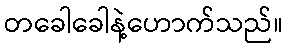
တခေါခေါနဲ့ဟောက်သည်။